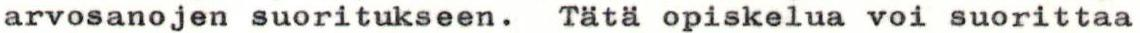
arvosanojen suoritukseen. Tätä opiskelua voi suorittaa